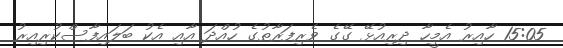
15:05 ހާއިރު އެމީހާ ދިރިއުޅޭ ގޭގެ ވެރިފަރާތުގެ ހުއްދަ އާއި އެކު ބަލައިފާސްކުރިއިރު